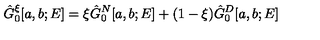
\hat { G } _ { 0 } ^ { \xi } [ a , b ; E ] = \xi \hat { G } _ { 0 } ^ { N } [ a , b ; E ] + ( 1 - \xi ) \hat { G } _ { 0 } ^ { D } [ a , b ; E ]